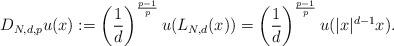
LaTeX: \begin{align*}D_{N,d,p}u(x):=\left( \frac{1}{d}\right) ^{\frac{p-1}{p}}u(L_{N,d}(x))=\left( \frac{1}{d}\right) ^{\frac{p-1}{p}}u(|x|^{d-1}x). \end{align*}